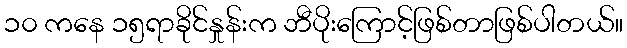
၁၀ ကနေ ၁၅ရာခိုင်နှုန်းက ဘီပိုးကြောင့်ဖြစ်တာဖြစ်ပါတယ်။